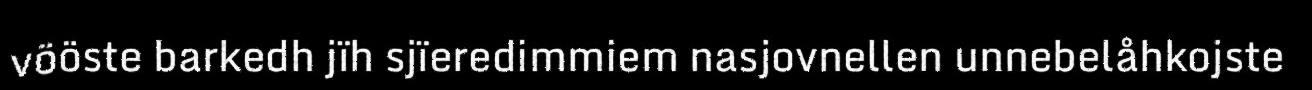
vööste barkedh jïh sjïeredimmiem nasjovnellen unnebelåhkojste